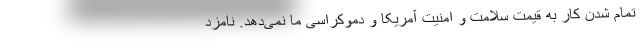
تمام شدن کار به قیمت سلامت و امنیت آمریکا و دموکراسی ما نمی‌دهد. نامزد